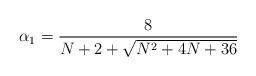
LaTeX: \begin{align*} \alpha _1 = \frac {8} {N+2+ \sqrt{ N^2+4 N +36 } } \end{align*}